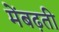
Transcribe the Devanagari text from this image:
मेंबढ़ती